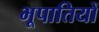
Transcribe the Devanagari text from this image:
भूपातियों